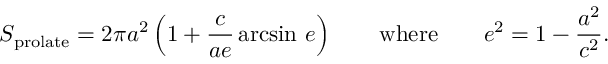
S _ { \mathrm { { p r o l a t e } } } = 2 \pi a ^ { 2 } \left( 1 + { \frac { c } { a e } } \arcsin \, e \right) \qquad { \mathrm { w h e r e } } \qquad e ^ { 2 } = 1 - { \frac { a ^ { 2 } } { c ^ { 2 } } } .